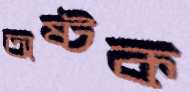
অষ্টক